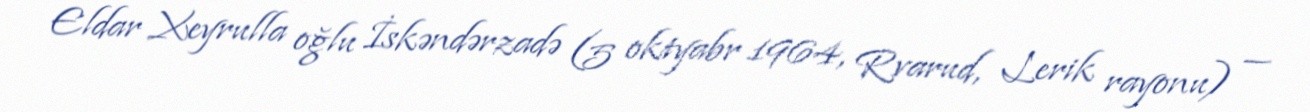
Eldar Xeyrulla oğlu İskəndərzadə (5 oktyabr 1964, Rvarud, Lerik rayonu) —